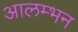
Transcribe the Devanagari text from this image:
आलम्भन